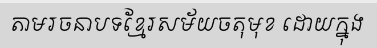
តាមរចនាបទខ្មែរសម័យចតុមុខ ដោយក្នុង